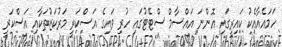
ހަމައެއާއެކު ކައިރީގައި އޮންނަ އައްސާމް ސްޓޭޓުގައި ހުރި ވައިގެ އަސްކަރީ މަރުކަޒުތަކާއި އަސްކަރީ